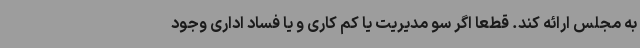
به مجلس ارائه کند. قطعا اگر سو مدیریت یا کم کاری و یا فساد اداری وجود